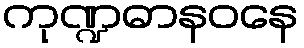
ကုဏ္ဍဓာနဝနေ